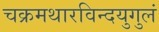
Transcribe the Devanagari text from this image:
चक्रमथारविन्दयुगुलं